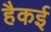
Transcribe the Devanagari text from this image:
हैकई